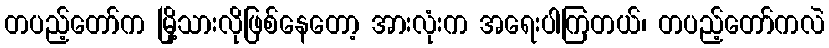
တပည့်တော်က မြို့သားလိုဖြစ်နေတော့ အားလုံးက အရေးပါကြတယ်၊ တပည့်တော်ကလဲ